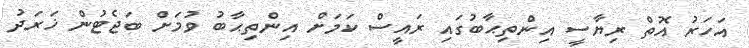
އަހަރު އޮތް ރިޔާސީ އިންތިޙާބުގައި ރައީސް ކަމަށް އިންތިޙާބު ވުމަށް ބަޖެޓުން ޚަރަދު